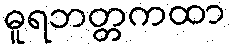
ဓူရဘတ္တကထာ